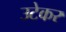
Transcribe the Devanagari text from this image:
उटेकर